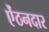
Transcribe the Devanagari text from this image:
ऐंठनदार